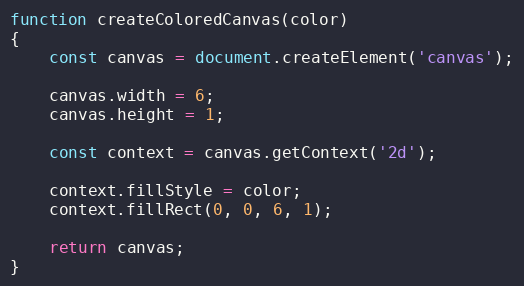
Language: JavaScript
function createColoredCanvas(color)
{
    const canvas = document.createElement('canvas');

    canvas.width = 6;
    canvas.height = 1;

    const context = canvas.getContext('2d');

    context.fillStyle = color;
    context.fillRect(0, 0, 6, 1);

    return canvas;
}